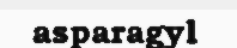
asparagyl